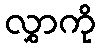
လွှာကို